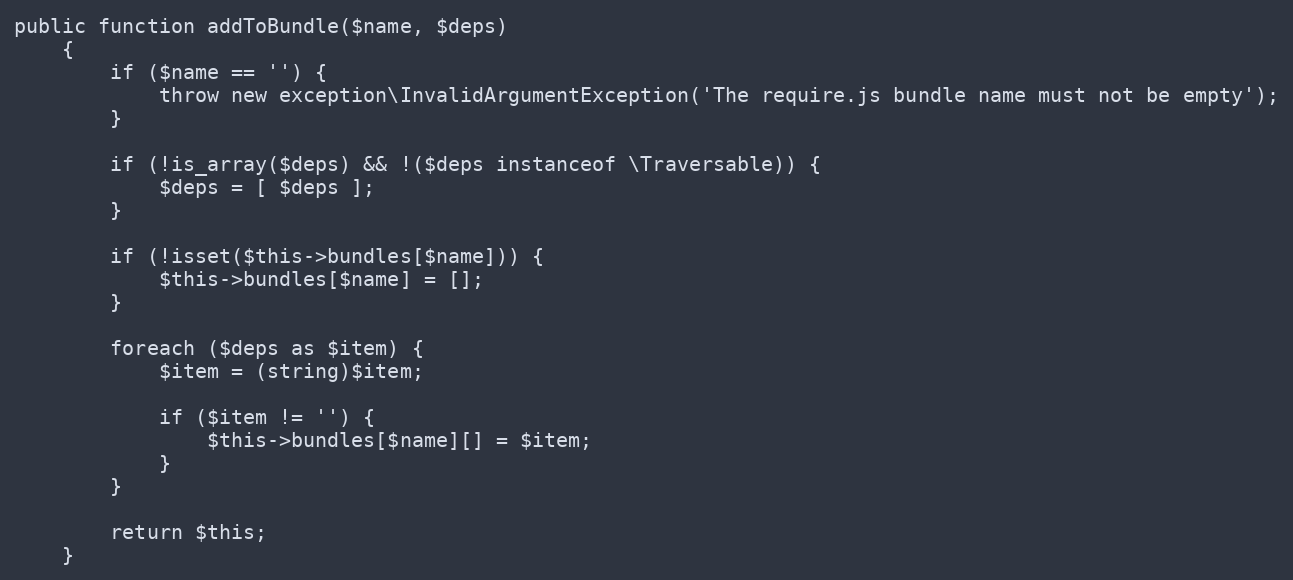
Language: PHP
public function addToBundle($name, $deps)
    {
        if ($name == '') {
            throw new exception\InvalidArgumentException('The require.js bundle name must not be empty');
        }

        if (!is_array($deps) && !($deps instanceof \Traversable)) {
            $deps = [ $deps ];
        }

        if (!isset($this->bundles[$name])) {
            $this->bundles[$name] = [];
        }

        foreach ($deps as $item) {
            $item = (string)$item;

            if ($item != '') {
                $this->bundles[$name][] = $item;
            }
        }

        return $this;
    }